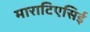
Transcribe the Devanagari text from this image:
माराटिएसिई